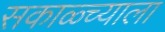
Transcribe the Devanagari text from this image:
सकाळ्च्याला